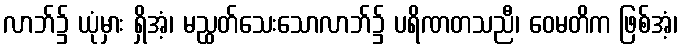
လာဘ်၌ ယုံမှား ရှိအံ့၊ မညွှတ်သေးသောလာဘ်၌ ပရိဏတသညီ၊ ဝေမတိက ဖြစ်အံ့၊